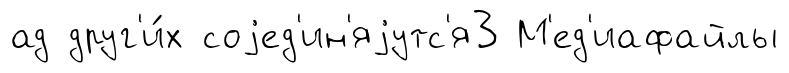
ад друг'и́х соjед'ин'яjутс'я3 М'ед'иафайлы